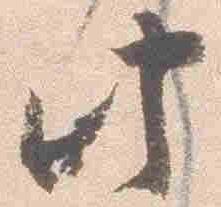
此